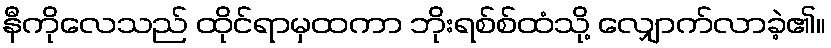
နီကိုလေသည် ထိုင်ရာမှထကာ ဘိုးရစ်စ်ထံသို့ လျှောက်လာခဲ့၏။